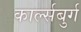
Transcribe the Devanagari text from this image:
कार्ल्सबुर्ग